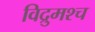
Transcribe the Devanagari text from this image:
विद्रुमश्च